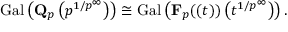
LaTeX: \operatorname { G a l } \left( \mathbf { Q } _ { p } \left( p ^ { 1 / p ^ { \infty } } \right) \right) \cong \operatorname { G a l } \left( \mathbf { F } _ { p } ( ( t ) ) \left( t ^ { 1 / p ^ { \infty } } \right) \right) .